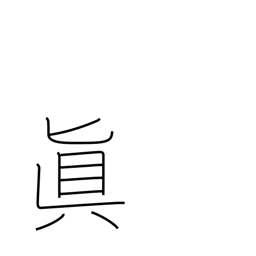
Meaning: Buddhist sect